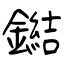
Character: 鐑